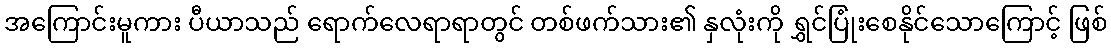
အကြောင်းမူကား ပီယာသည် ရောက်လေရာရာတွင် တစ်ဖက်သား၏ နှလုံးကို ရွှင်ပြုံးစေနိုင်သောကြောင့် ဖြစ်